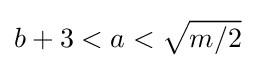
b+3<a<{\sqrt {m/2}}